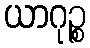
ယာဂုဉ္စ